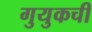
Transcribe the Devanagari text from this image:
गुयुकची